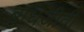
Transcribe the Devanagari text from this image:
बुधिजीवी